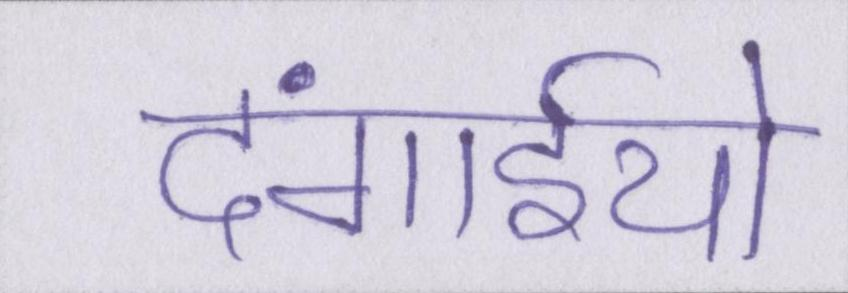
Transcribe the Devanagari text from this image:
दंगाईयो